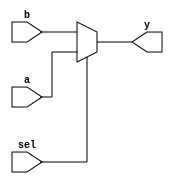

module day1 (a,b,sel,y);
  input   wire [2:0] a;
  input   wire [2:0]b;
  input   wire sel;
  output  reg [2:0]y;

always @(*) begin

if(sel)
    y = a;
else
    y = b;
end

endmodule